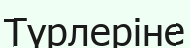
Түрлеріне